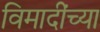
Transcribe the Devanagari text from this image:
विमादींच्या